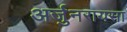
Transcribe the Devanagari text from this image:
अर्जुनरायसा